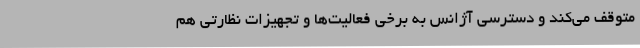
متوقف می‌کند و دسترسی آژانس به برخی فعالیت‌ها و تجهیزات نظارتی هم